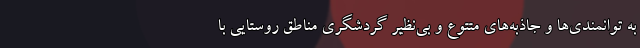
به توانمندی‌ها و جاذبه‌های متتوع و بی‌نظیر گردشگری مناطق روستایی با